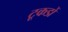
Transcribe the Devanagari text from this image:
टूकडों